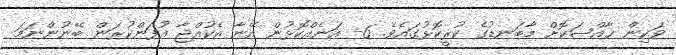
ވަކިން ޚާއްޞަކޮށް މާބަނޑުގެ ކުރީކޮޅުގައެވެ. 6- އަނެއްކޮޅުން އޭނާ އެކުއްޖާ އުފަންކުރަން ބޭނުންނަމަ